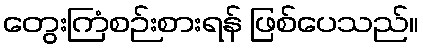
တွေးကြံစဉ်းစားရန် ဖြစ်ပေသည်။